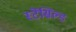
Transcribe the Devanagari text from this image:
स्टेंसिल्ड